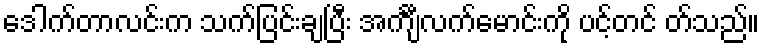
ဒေါက်တာလင်းက သက်ပြင်းချပြီး အင်္ကျီလက်မောင်းကို ပင့်တင် တ်သည်။